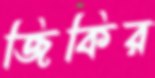
জিকির